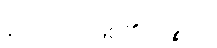
ဟောတိ၊ ဖြစ်၏။ ပဉ္စဟိ၊